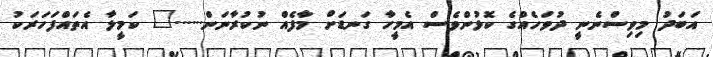
އަބަދު މިވިސްނެނީ ދުވަހެއްގެ ކޮޅުންވެސް އެމީހާ ގަނޑަށް މާފެއް ނުކުރާނަން......" ކަމީލާ އެތައްފަހަރަކު